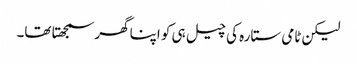
لیکن ٹامی ستارہ کی چیل ہی کو اپنا گھر سمجھتا تھا۔